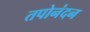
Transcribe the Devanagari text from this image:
तपोनंदन